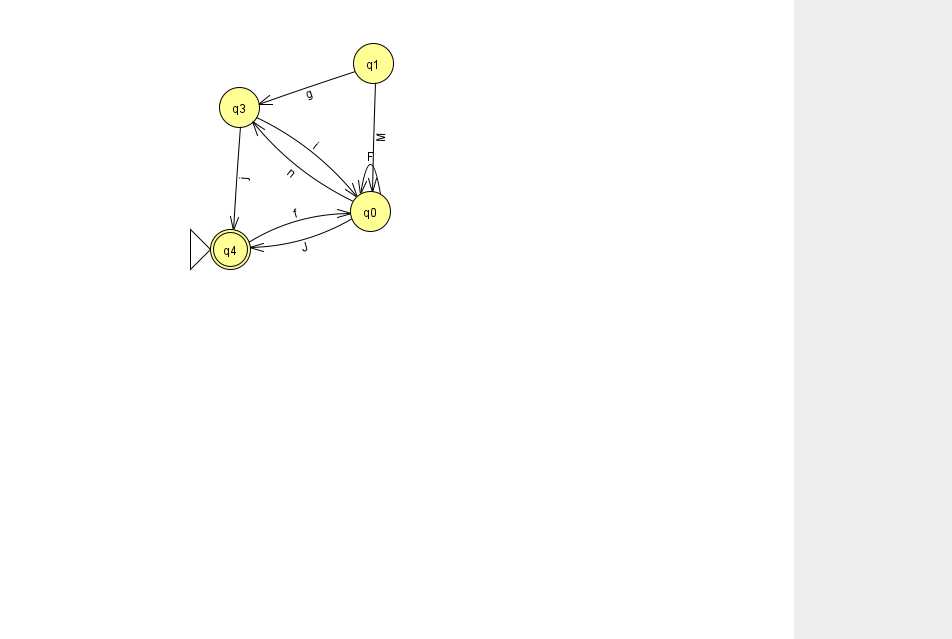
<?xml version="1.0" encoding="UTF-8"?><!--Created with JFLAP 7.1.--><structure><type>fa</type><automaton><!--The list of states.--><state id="0" name="q0"><x>370.0</x><y>198.0</y></state><state id="1" name="q1"><x>373.0</x><y>50.0</y></state><state id="3" name="q3"><x>239.0</x><y>94.0</y></state><state id="4" name="q4"><x>230.0</x><y>236.0</y><initial/><final/></state><!--The list of transitions.--><transition><from>3</from><to>4</to><read>j</read></transition><transition><from>0</from><to>3</to><read>n</read></transition><transition><from>4</from><to>0</to><read>f</read></transition><transition><from>0</from><to>0</to><read>F</read></transition><transition><from>3</from><to>0</to><read>i</read></transition><transition><from>1</from><to>3</to><read>g</read></transition><transition><from>1</from><to>0</to><read>M</read></transition><transition><from>0</from><to>4</to><read>J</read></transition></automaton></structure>